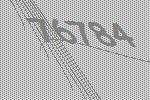
76784